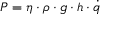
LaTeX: P = \eta \cdot \rho \cdot g \cdot h \cdot { \dot { q } }